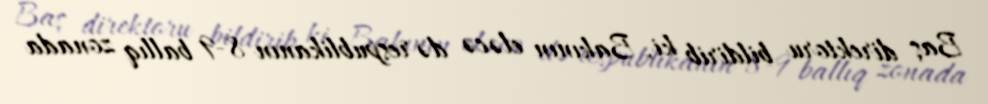
Baş direktoru bildirib ki, Bakının eləcə də respublikanın 8-9 ballıq zonada